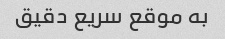
به موقع سریع دقیق